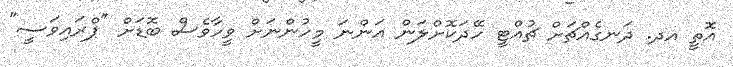
އޮތީ އދ. ދަނގެއްޗަށް ޗުއްޓީ ހޭދަކޮށްލަން އަންނަ މީހުންނަށް ވީހާވެސް ބޮޑަށް "ޕްރައިވަސީ"